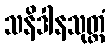
သနိဒါနသုတ္တံ